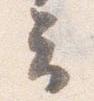
云